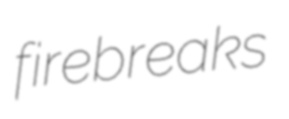
firebreaks